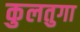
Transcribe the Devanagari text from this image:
कुलतुगा